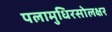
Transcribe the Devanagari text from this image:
पलामुधिरसोलक्षर